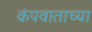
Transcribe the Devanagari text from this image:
कंपवाताच्या